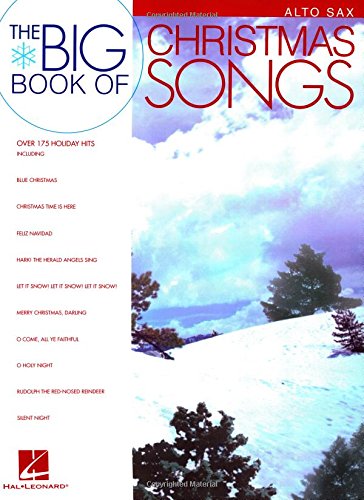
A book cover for Big Book of Christmas Songs Alto Sax; Christian Books & Bibles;